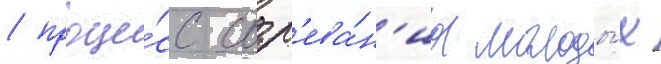
/ проце́сс созр'ева́н'иа молоды́х